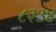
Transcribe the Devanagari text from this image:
८२३४